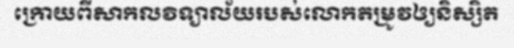
ក្រោយពីសាកលវិទ្យាល័យរបស់លោកតម្រូវឲ្យនិស្សិត